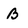
Character: B